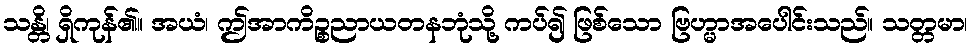
သန္တိ၊ ရှိကုန်၏။ အယံ၊ ဤအာကိဉ္စညာယတနဘုံသို့ ကပ်၍ ဖြစ်သော ဗြဟ္မာအပေါင်းသည်။ သတ္တမာ၊